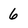
Character: 6